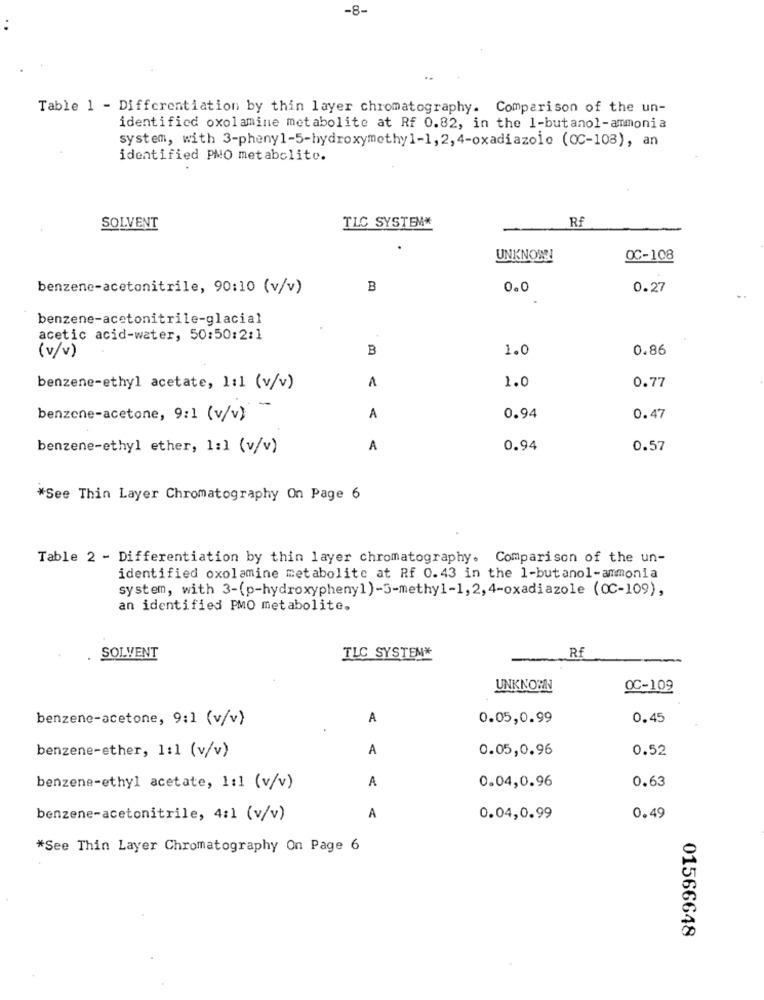
-8-
..
Table 1 - Differentiation by thin layer chromatography. Comparison of the un-
identified oxolamine metabolite at Rf 0.82, in the 1-butanol-ammonia
system, with 3-phenyl-5-hydroxymethyl-1, 2, 4-oxadiazoie (OC-108), an
identified PMO metabolite.
TLC SYSTEM*
Rf
SOLVENT
UNKNOWN!
OC-108
benzene-acetonitrile, 90:10 (v/v)
B
0.0
0.27
benzene-acetonitrile-glacial
acetic acid-water, 50:50:2:1
B
1.0
0.86
(v/v)
1.0
benzene-ethyl acetate, 1:1 (v/v)
A
0.77
-
benzene-acetone, 9:1 (v/v)
A
0.94
0.47
benzene-ethyl ether, 1:1 (v/v)
A
0.94
0.57
*See Thin Layer Chromatography On Page 6
Table 2 - Differentiation by thin layer chromatography. Comparison of the un-
identified oxolamine metabolite at Rf 0.43 in the 1-butanol-ammonia
system, with 3-(p-hydroxyphenyl)-5-methyl-1, 2, 4-oxadiazole (OC-109),
an identified PMO metabolite.
SOLVENT
TLC SYSTEM*
Rf
UNKNOWN
QC-109
benzene-acetone, 9:1 (v/v)
A
0.05,0.99
0.45
A
0.05,0.96
0.52
benzene-ether, 1:1 (v/v)
0.63
benzene-ethyl acetate, 1:1 (v/v)
A
0.04,0.96
benzene-acetonitrile, 4:1 (v/v)
A
0.04,0.99
0.49
*See Thin Layer Chromatography On Page 6
01566648